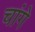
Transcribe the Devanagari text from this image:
चांगे